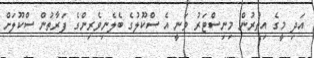
އަދި މީގެ އިތުރުން މިނިސްޓަރު ވަނީ އެ ސްކޫލުގެ ބެލެނިވެރިންގެ ފަރާތުން ސްކޫލަށް